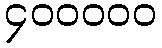
၄၀၀၀၀၀